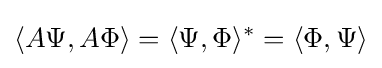
\langle A\Psi ,A\Phi \rangle =\langle \Psi ,\Phi \rangle ^{*}=\langle \Phi ,\Psi \rangle